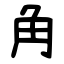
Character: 角